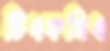
টিএফসিএ